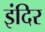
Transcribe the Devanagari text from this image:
इंदिर